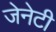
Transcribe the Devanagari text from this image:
जेनेटी